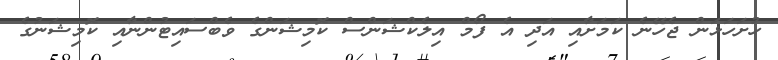
ހުށަހަޅަން ޖެހޭނެ ކަމަށާއި އަދި އެ ފޯމް އިލެކްޝަންސް ކޮމިޝަންގެ ވެބްސައިޓުންނާއި ކޮމިޝަނުގެ